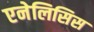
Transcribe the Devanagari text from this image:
एनेलिसिस